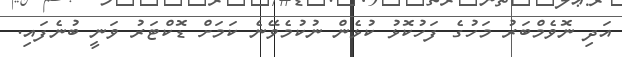
އަދި ނޮވެމްބަރު މަހުގެ ފަހުކޮޅު ކުޅެން ނުކުމެވޭނެ ކަމަށް ޑޮކްޓަރު ވަނީ ބުނެފައި.